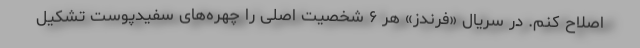
اصلاح کنم. در سریال «فرندز» هر ۶ شخصیت اصلی را چهره‌های سفیدپوست تشکیل